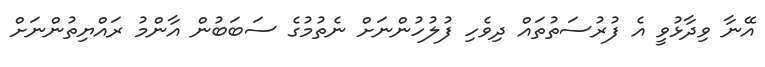
އޭނާ ވިދާޅުވީ އެ ފުރުސަތުތައް ދިވެހި ފުލުހުންނަށް ނެތުމުގެ ސަބަބުން އާންމު ރައްޔިތުންނަށް